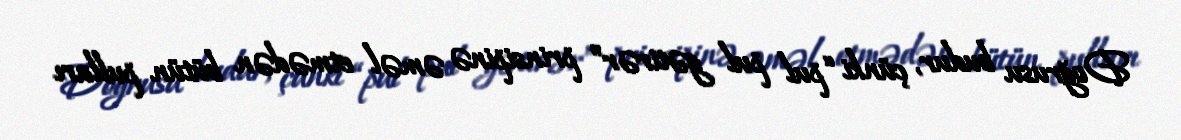
Doğrusu budur, çünki “pul pul gətirər” prinsipinə əməl etmədən bütün pulları